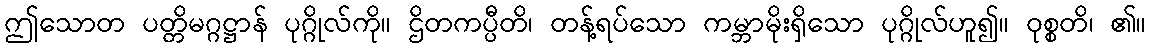
ဤသောတ ပတ္တိမဂ္ဂဋ္ဌာန် ပုဂ္ဂိုလ်ကို။ ဌိတကပ္ပီတိ၊ တန့်ရပ်သော ကမ္ဘာမိုးရှိသော ပုဂ္ဂိုလ်ဟူ၍။ ဝုစ္စတိ၊ ၏။